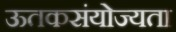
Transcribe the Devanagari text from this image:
ऊतकसंयोज्यता